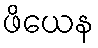
ဖိယေန